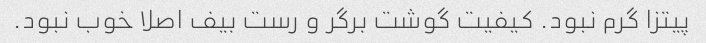
پیتزا گرم نبود. کیفیت گوشت برگر و رست بیف اصلا خوب نبود.